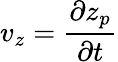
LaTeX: v_{z}=\frac{\partial{z_{p}}}{\partial{t}}